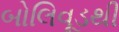
બોલિવૂડથી